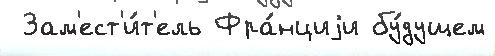
 Зам'ест'и́т'ель Фра́нциjи бу́дущем